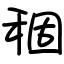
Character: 稒